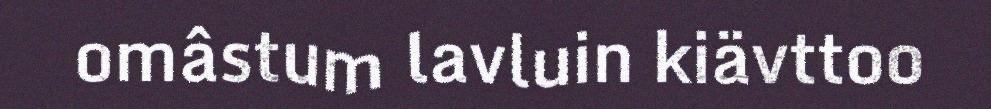
omâstum lavluin kiävttoo